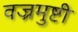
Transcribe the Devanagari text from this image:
वज्रमुष्टी